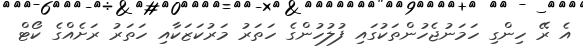
އެ ރޭ ހިންގި ހަމަނުޖެހުންތަކުގައި ފުލުހުންގެ ހަތަރު މަރުކަޒަކާއި ހަތަރު ރަށެއްގެ ކޯޓް